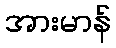
အားမာန်